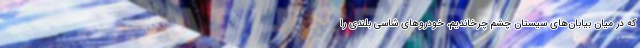
که در میان بیابان‌های سیستان چشم چرخاندیم، خودرو‌های شاسی بلندی را